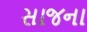
સાજના